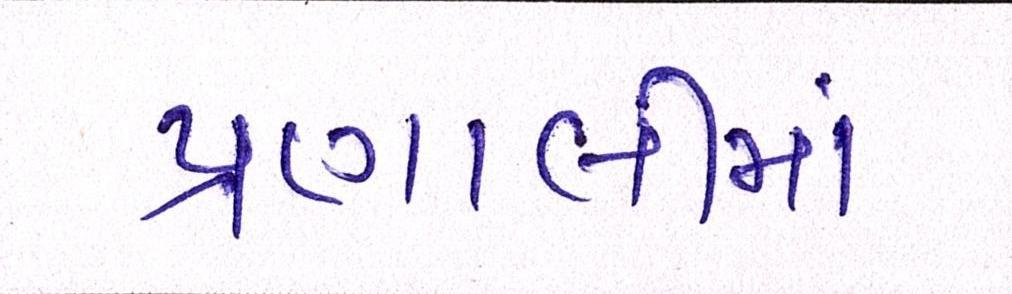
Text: પ્રણાલીમાં